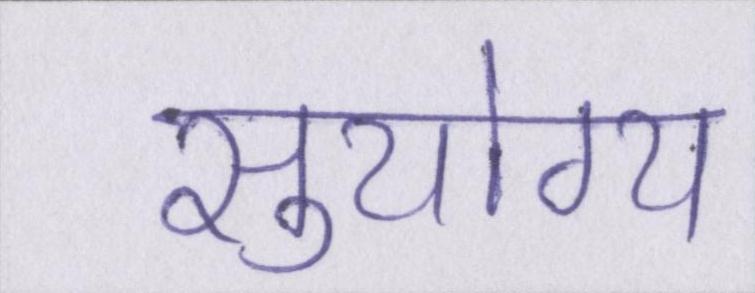
सुयोग्य